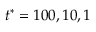
t ^ { * } = 1 0 0 , 1 0 , 1